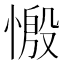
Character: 𢟝